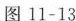
图11-13